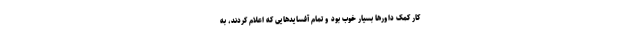
کار کمک داورها بسیار خوب بود و تمام آفسایدهایی که اعلام کردند، به